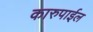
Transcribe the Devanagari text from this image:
कारुपाईल